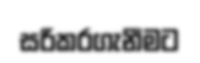
සරිකරගැනීමට